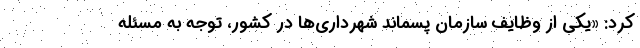
کرد: «یکی از وظایف سازمان پسماند شهرداری‌ها در کشور، توجه به مسئله